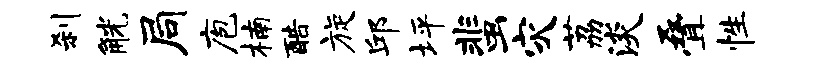
刹觥局庖楠酷旋邱坪蜚灾荔淡叠性